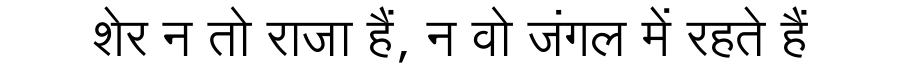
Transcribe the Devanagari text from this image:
शेर न तो राजा हैं, न वो जंगल में रहते हैं